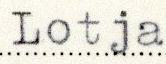
Lotja